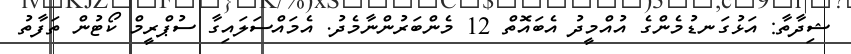
ޝިދާތާ: އަޅުގަނޑުމެންގެ އުއްމީދު އެބައޮތް 12 މެންބަރުންނާމެދު. އެމައްސަލައިގާ ސުޕްރީމް ކޯޓުން ތަފާތު